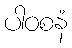
ပါဝစနံ